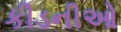
કીડનીઓ